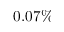
0 . 0 7 \%